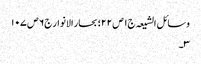
وسائل الشیعہ ج١ ص ٢٢؛ بحار الانوار ج٦ ص ١٠٧
٣۔